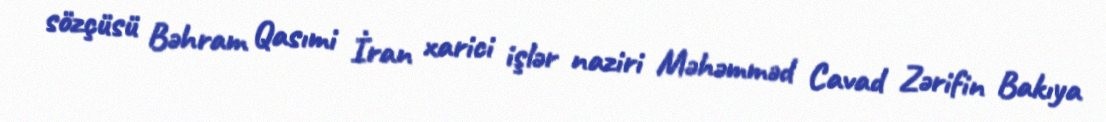
sözçüsü Bəhram Qasımi İran xarici işlər naziri Məhəmməd Cavad Zərifin Bakıya